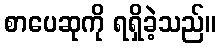
စာပေဆုကို ရရှိခဲ့သည်။